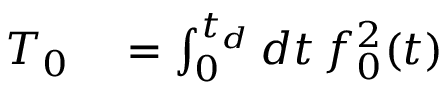
\begin{array} { r l } { T _ { 0 } } & { { } = \int _ { 0 } ^ { t _ { d } } d t \, f _ { 0 } ^ { 2 } ( t ) } \end{array}